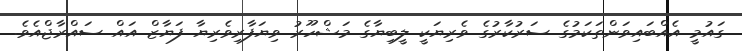
ގައުމީ އެއްބައިވަންތަކަމުގެ ސަރުކާރުގެ ވެރިޔަކީ ލީބިޔާގެ މަޝްހޫރު ވިޔަފާރިވެރިޔާ ފަޔާޒް އައް ސައްރާޖްއެވެ.